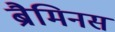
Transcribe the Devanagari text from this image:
ब्रैमिनस